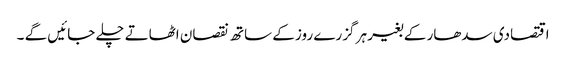
اقتصادی سدھار کے بغیر ہر گزرے روز کے ساتھ نقصان اٹھاتے چلے جائیں گے ۔